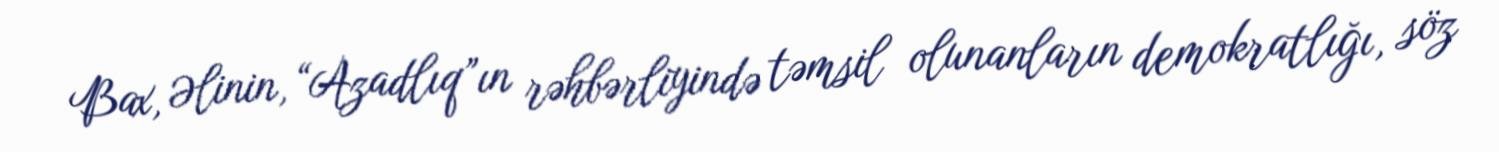
Bax, Əlinin, “Azadlıq”ın rəhbərliyində təmsil olunanların demokratlığı, söz